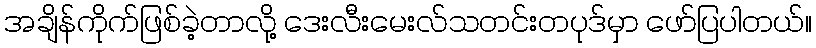
အချိန်ကိုက်ဖြစ်ခဲ့တာလို့ ဒေးလီးမေးလ်သတင်းတပုဒ်မှာ ဖော်ပြပါတယ်။